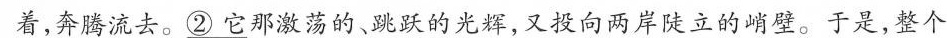
着,奔腾流去。\underline{2它}那激荡的、跳跃的光辉,又投向两岸陡立的峭壁。于是,整个